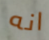
انه